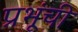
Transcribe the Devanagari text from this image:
प्रभूंची